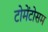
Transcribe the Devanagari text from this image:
टोमेंटोसम